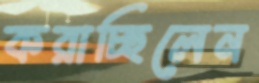
করাচ্ছিলেন